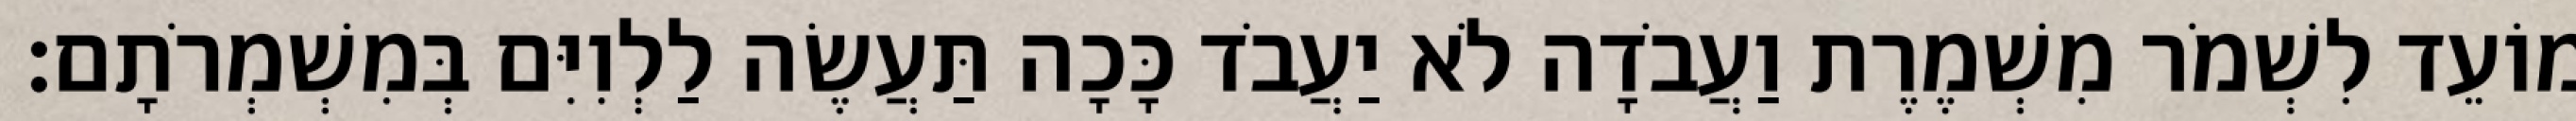
מוֹעֵד לִשְׁמֹר מִשְׁמֶרֶת וַעֲבֹדָה לֹא יַעֲבֹד כָּכָה תַּעֲשֶׂה לַלְוִיִּם בְּמִשְׁמְרֹתָם׃